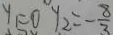
y _ { 1 } = 0 y _ { 2 } = - \frac { 8 } { 3 }